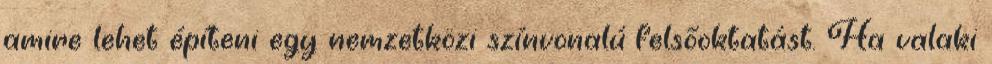
amire lehet építeni egy nemzetközi színvonalú felsőoktatást. Ha valaki